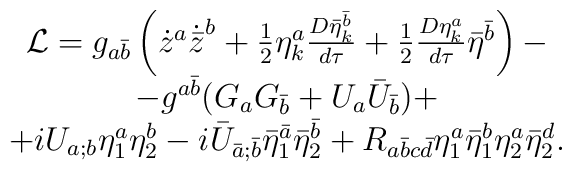
\begin{array}{c}{\cal L}=g_{a{\bar b}}\left({\dot z}^a{\dot{\bar z}}^{b}+\frac 12 \eta^a_k\frac{D{\bar\eta}^{\bar b}_k}{d\tau}+\frac 12 \frac{D\eta^{a}_k}{d\tau}\bar\eta^{\bar b}\right)-\\-g^{a{\bar b}}(G_aG_{\bar b}+{U}_a{\bar U}_{\bar b})+\\+iU_{a;b}\eta^a_1\eta^{b}_2-i{\bar U}_{\bar a;\bar b}{\bar\eta}^{\bar a}_1{\bar\eta}^{\bar b}_2+R_{a\bar b c\bar d}\eta^a_1\bar\eta^b_1\eta^a_2\bar\eta^d_2.\end{array}